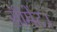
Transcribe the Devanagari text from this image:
सीमेंट।